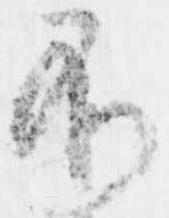
不